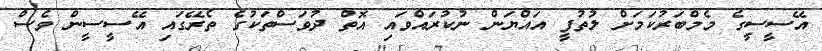
އޭސީސީގެ މެމްބަރުކަމަށް ލުތުފީ އައްޔަން ނުކުރައްވައި އޮތް ދުވަސްތަކުގެ ތެރޭގައި އޭސީސީން ވެސް